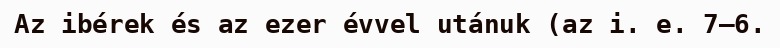
Az ibérek és az ezer évvel utánuk (az i. e. 7–6.